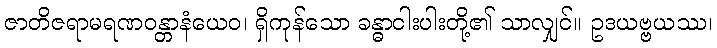
ဇာတိဇရာမရဏဝန္တာနံယေဝ၊ ရှိကုန်သော ခန္ဓာငါးပါးတို့၏ သာလျှင်။ ဥဒယဗ္ဗယဿ၊